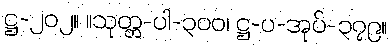
ဋ္ဌ-၂၀၂။ ။သုတ္တ-ပါ-၃၀၀၊ ဋ္ဌ-ပ-အုပ်-၃၇၉။